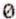
0